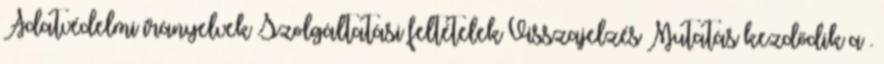
Adatvédelmi irányelvek Szolgáltatási feltételek Visszajelzés Mutatás kezdődik a .